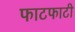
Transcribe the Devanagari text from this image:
फाटफाटी